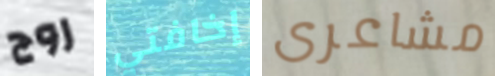
روج إخافتي مشاعرى